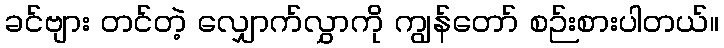
ခင်ဗျား တင်တဲ့ လျှောက်လွှာကို ကျွန်တော် စဉ်းစားပါတယ်။